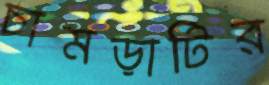
চামড়াটির